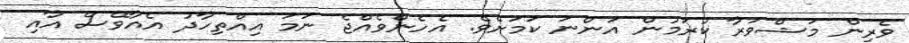
ވެރިން މަޝްވަރާ ކުރަމުން އަންނަ ކަމަށެވެ. އެހެންވެއްޖެ ނަމަ އިއްތިހާދު އެއާވޭސް އާއި